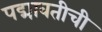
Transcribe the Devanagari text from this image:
पद्मावतीची